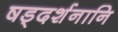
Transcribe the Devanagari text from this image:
षड्दर्शनानि